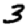
Digit: 3